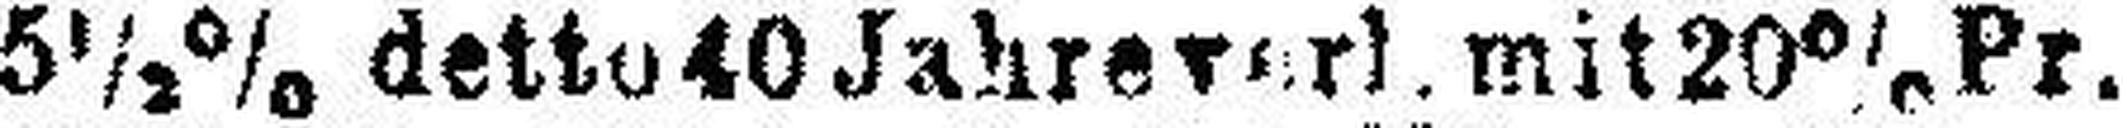
5½% detto 40 Jahrev### mit 20% Pr.